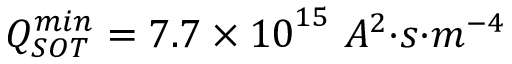
Q _ { S O T } ^ { m i n } = 7 . 7 \times { 1 0 } ^ { 1 5 } { \ } { { A } } ^ { 2 } { { · } } { s } { { · } } { { m } } ^ { { - 4 } }